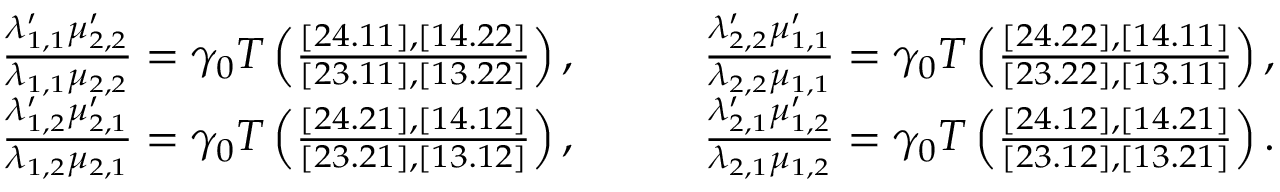
\begin{array} { r l } { \frac { \lambda _ { 1 , 1 } ^ { \prime } \mu _ { 2 , 2 } ^ { \prime } } { \lambda _ { 1 , 1 } \mu _ { 2 , 2 } } = \gamma _ { 0 } T \left( \frac { [ 2 4 . 1 1 ] , [ 1 4 . 2 2 ] } { [ 2 3 . 1 1 ] , [ 1 3 . 2 2 ] } \right) , \qquad } & { \frac { \lambda _ { 2 , 2 } ^ { \prime } \mu _ { 1 , 1 } ^ { \prime } } { \lambda _ { 2 , 2 } \mu _ { 1 , 1 } } = \gamma _ { 0 } T \left( \frac { [ 2 4 . 2 2 ] , [ 1 4 . 1 1 ] } { [ 2 3 . 2 2 ] , [ 1 3 . 1 1 ] } \right) , } \\ { \frac { \lambda _ { 1 , 2 } ^ { \prime } \mu _ { 2 , 1 } ^ { \prime } } { \lambda _ { 1 , 2 } \mu _ { 2 , 1 } } = \gamma _ { 0 } T \left( \frac { [ 2 4 . 2 1 ] , [ 1 4 . 1 2 ] } { [ 2 3 . 2 1 ] , [ 1 3 . 1 2 ] } \right) , \qquad } & { \frac { \lambda _ { 2 , 1 } ^ { \prime } \mu _ { 1 , 2 } ^ { \prime } } { \lambda _ { 2 , 1 } \mu _ { 1 , 2 } } = \gamma _ { 0 } T \left( \frac { [ 2 4 . 1 2 ] , [ 1 4 . 2 1 ] } { [ 2 3 . 1 2 ] , [ 1 3 . 2 1 ] } \right) . } \end{array}